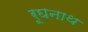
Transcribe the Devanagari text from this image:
रूघनाथ